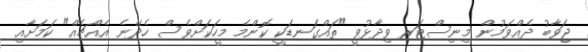
ޖަވާބު ދެއްވަމުން މިނިސްޓަރ ވިދާޅުވީ "ތައްގަނޑަކީ ކޮންމެ މީހަކަށްވެސް ހެދޭނެ އެއްޗެއް" ކަމަށާއި